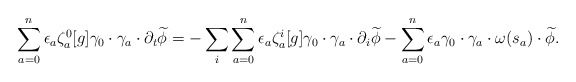
\begin{align*}\sum_{a=0}^n \epsilon_a \zeta^0_a[g] \gamma_0 \cdot \gamma_a \cdot \partial_t \widetilde{\phi} = -\sum_{i} \sum_{a=0}^n \epsilon_a \zeta^{i}_a[g] \gamma_0 \cdot \gamma_a \cdot \partial_{i} \widetilde{\phi} - \sum_{a=0}^n \epsilon_a \gamma_0 \cdot \gamma_a \cdot \omega(s_a) \cdot \widetilde{\phi}. \end{align*}